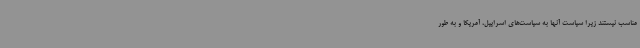
مناسب نیستند زیرا سیاست آنها به سیاست‌های اسراییل، آمریکا و به طور